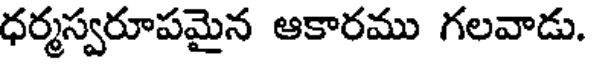
ధర్మస్వరూపమైన ఆకారము గలవాడు.